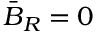
\bar { B } _ { { R } } = 0